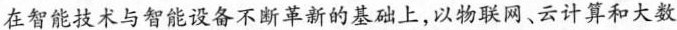
在智能技术与智能设备不断革新的基础上，以物联网、云计算和大数